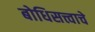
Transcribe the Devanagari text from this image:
बोधिसत्त्वाचे